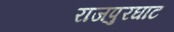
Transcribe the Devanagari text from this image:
राजपुरघाट